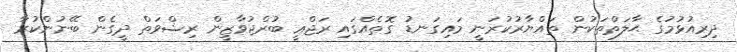
ދިރިއުޅުމުގެ ޙާލަތްތަކުން ތައްޔާރުކުރަނީ މައިގަނޑު ގޮތެއްގައި ރަޖްޢީ ބުރްޖުވާޒީން ރިޝްވަތް ދީގެން ބޭނުންކުރާ